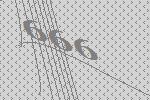
666